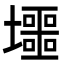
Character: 𡓐